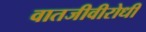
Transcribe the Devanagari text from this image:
वातजीवीरोधी